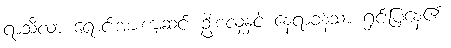
ရာသီလာ ရောင်းအားကျဆင်း ဦးစံလှနှင့် နေရာခန့်သာ ရှင်းပြနေ၏